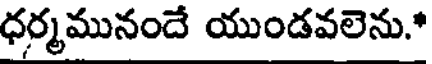
ధర్మమునందే యుండవలెను."